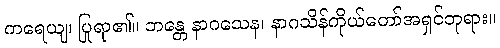
ကရေယျ၊ ပြုရာ၏။ ဘန္တေ နာဂသေန၊ နာဂသိန်ကိုယ်တော်အရှင်ဘုရား။